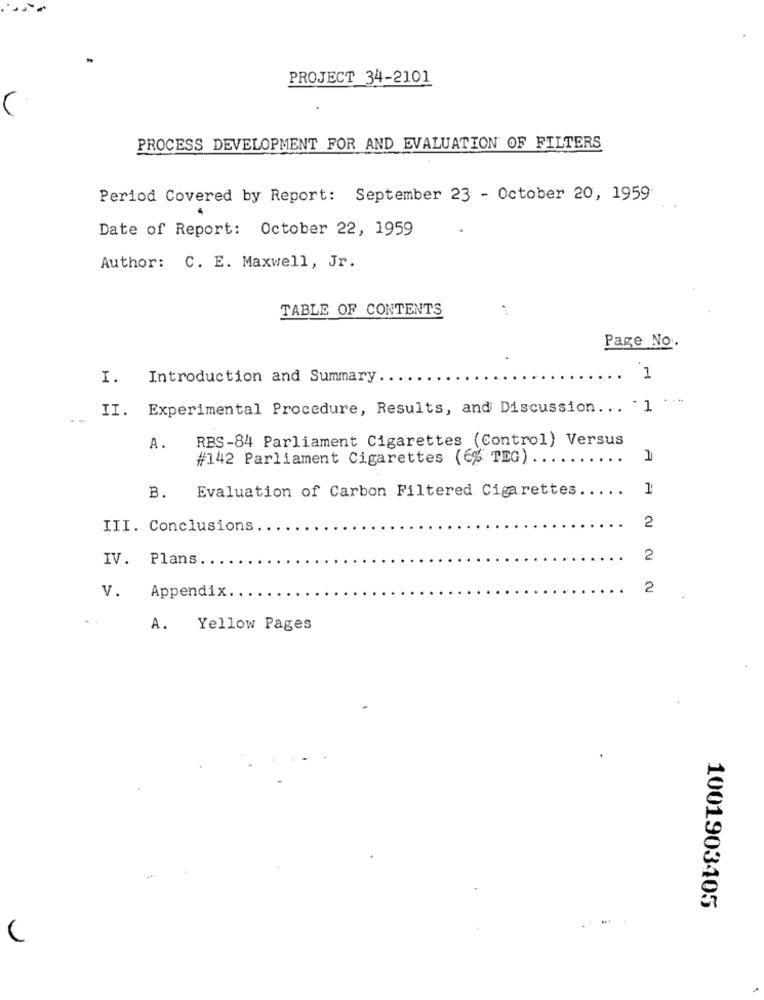
PROJECT 34-2101
PROCESS DEVELOPMENT FOR AND EVALUATION OF FILTERS
Period Covered by Report: September 23 - October 20, 1959
Date of Report: October 22, 1959
Author: C. E. Maxwell, Jr.
TABLE OF CONTENTS
Page No.
I.
Introduction and Summary ..
1
II. Experimental Procedure, Results, and Discussion ... "1
RBS-84 Parliament Cigarettes (Control) Versus
A.
#142 Parliament Cigarettes (6% TEG) ..
B. Evaluation of Carbon Filtered Cigarettes.
...
1
2
III. Conclusions
IV. Plans
2
Appendix.
2
V.
A.
Yellow Pages
1001903405